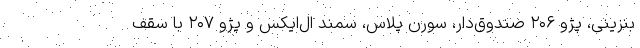
بنزینی، پژو ۲۰۶ صندوق‌دار، سورن پلاس، سمند ال‌ایکس و پژو ۲۰۷ با سقف